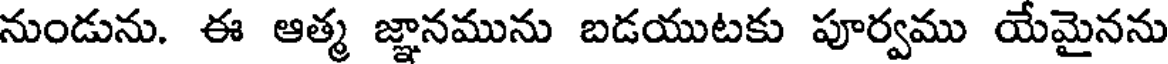
నుండును. ఈ ఆత్మ జ్ఞానమును బడయుటకు పూర్వము యేమైనను